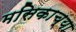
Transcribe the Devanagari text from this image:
मसिकाच्या